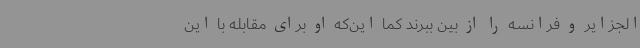
الجزایر و فرانسه را از بین ببرند کما این‌که او برای مقابله با این